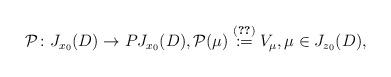
LaTeX: \begin{align*}\mathcal P \colon J_{x_0}(D)\to PJ_{x_0} (D), \mathcal P (\mu)\overset{\eqref{df:Vmu}}{:=} V_{\mu}, \mu \in J_{z_0}(D),\end{align*}